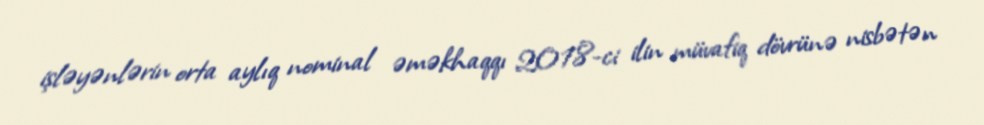
işləyənlərin orta aylıq nominal əməkhaqqı 2018-ci ilin müvafiq dövrünə nisbətən